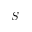
S